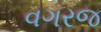
વગરજ